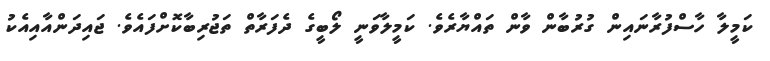
ކަމީލާ ހާސްފުރާނައިން ގުރުބާން ވާން ތައްޔާރެވެ. ކަމީލާވަނީ ލޯބީގެ ދެފަރާތް ތަޖުރިބާކޮށްފައެވެ. ޖައިދަންއާއިއެކު